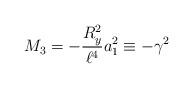
LaTeX: \begin{align*}M_3 = -{R_y^2 \over \ell^4} a_1^2 \equiv -\gamma^2\end{align*}